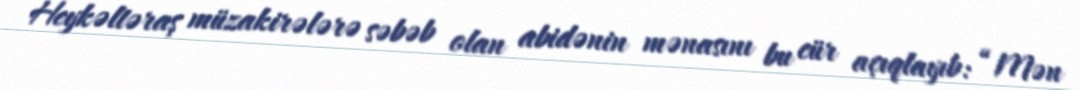
Heykəltəraş müzakirələrə səbəb olan abidənin mənasını bu cür açıqlayıb: “Mən